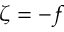
\zeta = - f